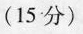
(15分)